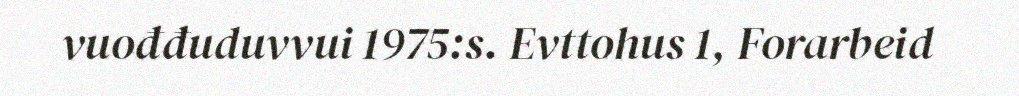
vuođđuduvvui 1975:s. Evttohus 1, Forarbeid